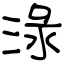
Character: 淥